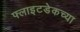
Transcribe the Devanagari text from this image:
फ्लाइटडेकच्या